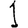
Digit: 1